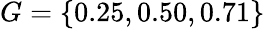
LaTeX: G=\{ 0.25,0.50,0.71\}